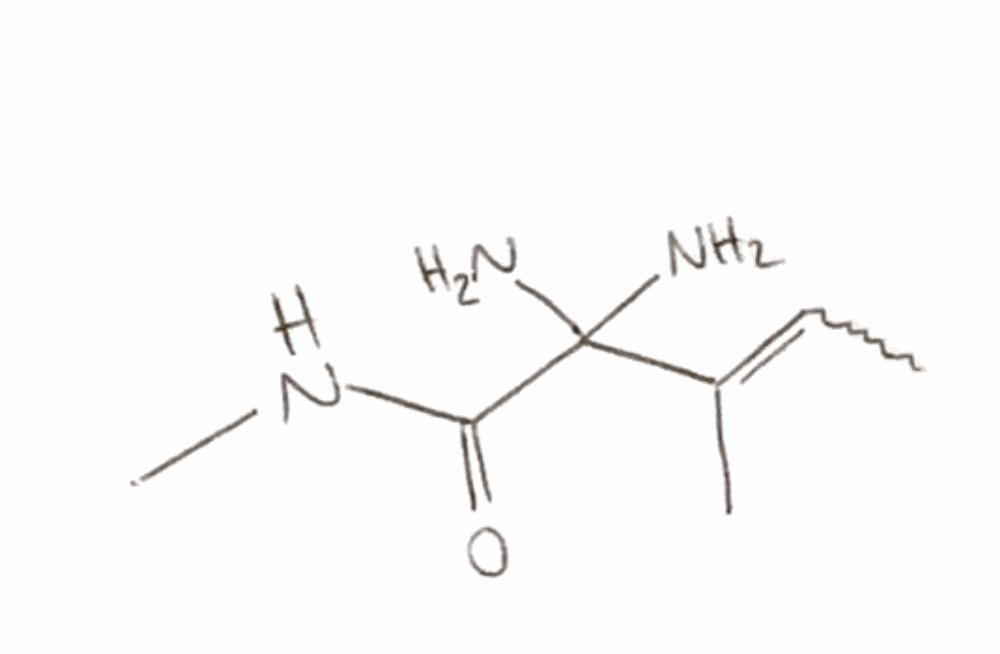
Simplified molecular-input line-entry system (SMILES) notation of the given molecule:
CC=C(C)C(C(=O)NC)(N)N